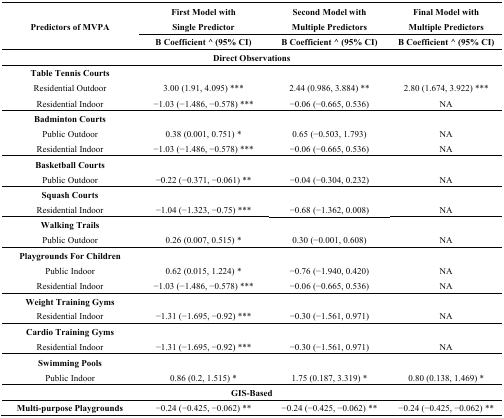
<table><thead><tr><td rowspan="2"><b>Predictors of MVPA</b></td><td><b>First Model with Single Predictor</b></td><td><b>Second Model with Multiple Predictors</b></td><td><b>Final Model with Multiple Predictors</b></td></tr><tr><td><b>B Coefficient ^ (95% CI)</b></td><td><b>B Coefficient ^ (95% CI)</b></td><td><b>B Coefficient ^ (95% CI)</b></td></tr></thead><tbody><tr><td colspan="4"><b>Direct Observations</b></td></tr><tr><td><b>Table Tennis Courts</b></td><td></td><td></td><td></td></tr><tr><td>Residential Outdoor</td><td>3.00 (1.91, 4.095) ***</td><td>2.44 (0.986, 3.884) **</td><td>2.80 (1.674, 3.922) ***</td></tr><tr><td>Residential Indoor</td><td>−1.03 (−1.486, −0.578) ***</td><td>−0.06 (−0.665, 0.536)</td><td>NA</td></tr><tr><td><b>Badminton Courts</b></td><td></td><td></td><td></td></tr><tr><td>Public Outdoor</td><td>0.38 (0.001, 0.751) *</td><td>0.65 (−0.503, 1.793)</td><td>NA</td></tr><tr><td>Residential Indoor</td><td>−1.03 (−1.486, −0.578) ***</td><td>−0.06 (−0.665, 0.536)</td><td>NA</td></tr><tr><td><b>Basketball Courts</b></td><td></td><td></td><td></td></tr><tr><td>Public Outdoor</td><td>−0.22 (−0.371, −0.061) **</td><td>−0.04 (−0.304, 0.232)</td><td>NA</td></tr><tr><td><b>Squash Courts</b></td><td></td><td></td><td></td></tr><tr><td>Residential Indoor</td><td>−1.04 (−1.323, −0.75) ***</td><td>−0.68 (−1.362, 0.008)</td><td>NA</td></tr><tr><td><b>Walking Trails</b></td><td></td><td></td><td></td></tr><tr><td>Public Outdoor</td><td>0.26 (0.007, 0.515) *</td><td>0.30 (−0.001, 0.608)</td><td>NA</td></tr><tr><td><b>Playgrounds For Children</b></td><td></td><td></td><td></td></tr><tr><td>Public Indoor</td><td>0.62 (0.015, 1.224) *</td><td>−0.76 (−1.940, 0.420)</td><td>NA</td></tr><tr><td>Residential Indoor</td><td>−1.03 (−1.486, −0.578) ***</td><td>−0.06 (−0.665, 0.536)</td><td>NA</td></tr><tr><td><b>Weight Training Gyms</b></td><td></td><td></td><td></td></tr><tr><td>Residential Indoor</td><td>−1.31 (−1.695, −0.92) ***</td><td>−0.30 (−1.561, 0.971)</td><td>NA</td></tr><tr><td><b>Cardio Training Gyms</b></td><td></td><td></td><td></td></tr><tr><td>Residential Indoor</td><td>−1.31 (−1.695, −0.92) ***</td><td>−0.30 (−1.561, 0.971)</td><td>NA</td></tr><tr><td><b>Swimming Pools</b></td><td></td><td></td><td></td></tr><tr><td>Public Indoor</td><td>0.86 (0.2, 1.515) *</td><td>1.75 (0.187, 3.319) *</td><td>0.80 (0.138, 1.469) *</td></tr><tr><td colspan="4"><b>GIS-Based</b></td></tr><tr><td><b>Multi-purpose Playgrounds</b></td><td>−0.24 (−0.425, −0.062) **</td><td>−0.24 (−0.425, −0.062) **</td><td>−0.24 (−0.425, −0.062) **</td></tr></tbody></table>